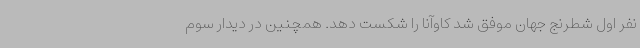
نفر اول شطرنج جهان موفق شد کاوآنا را شکست دهد. همچنین در دیدار سوم